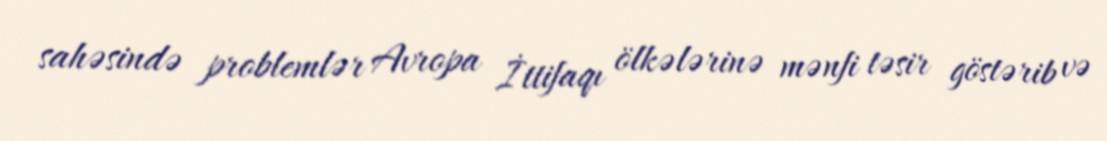
sahəsində problemlər Avropa İttifaqı ölkələrinə mənfi təsir göstərib və